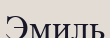
Эмиль